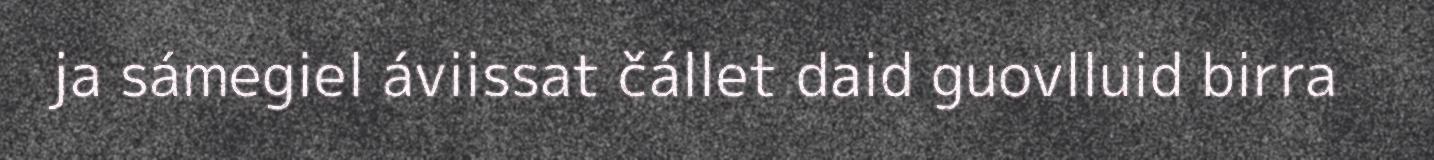
ja sámegiel áviissat čállet daid guovlluid birra